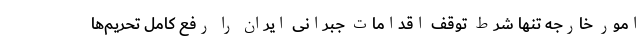
امور خارجه تنها شرط توقف اقدامات جبرانی ایران را رفع کامل تحریم‌ها